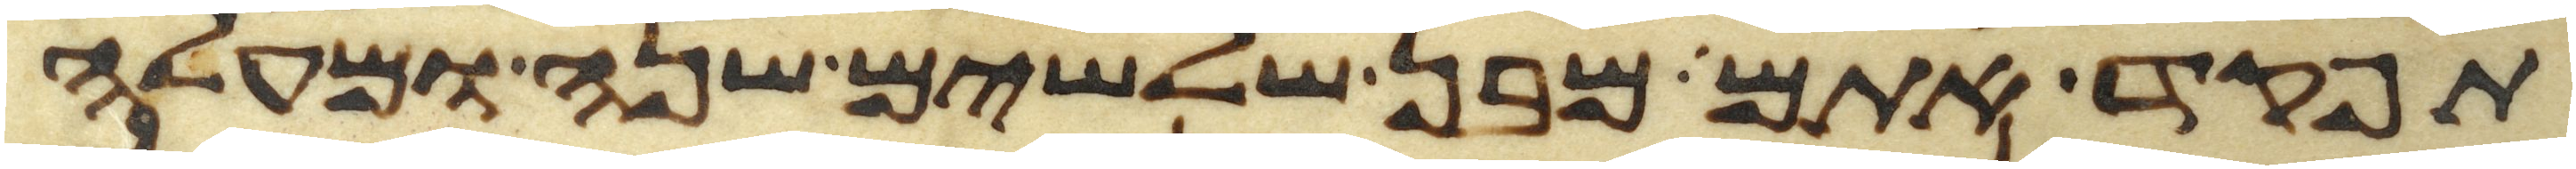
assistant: תפקד אתם מבן שלשים שנה ומעלה